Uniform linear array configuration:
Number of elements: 64
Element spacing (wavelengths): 0.5
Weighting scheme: kaiser
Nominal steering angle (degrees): -30
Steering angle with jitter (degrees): -28.632
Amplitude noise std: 0.05
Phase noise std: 0.05

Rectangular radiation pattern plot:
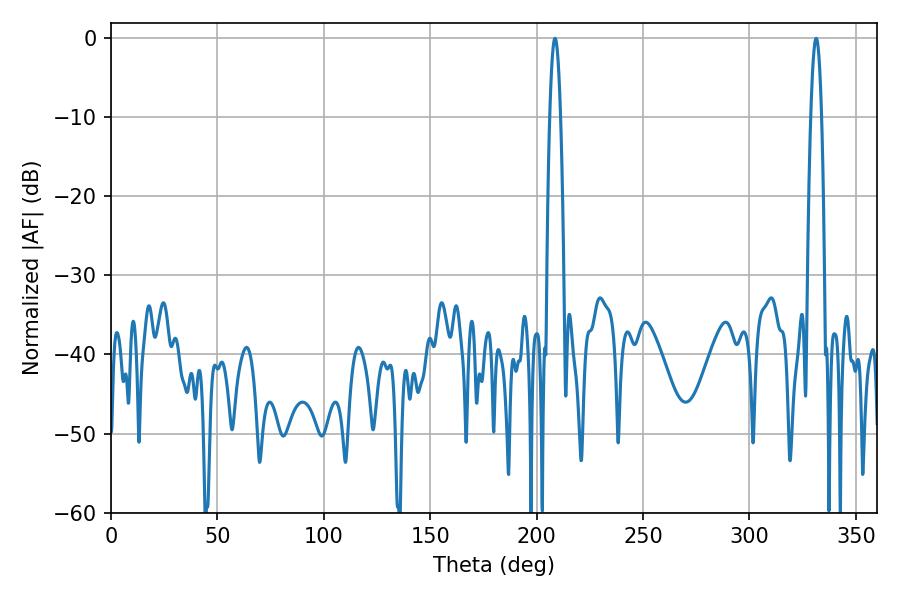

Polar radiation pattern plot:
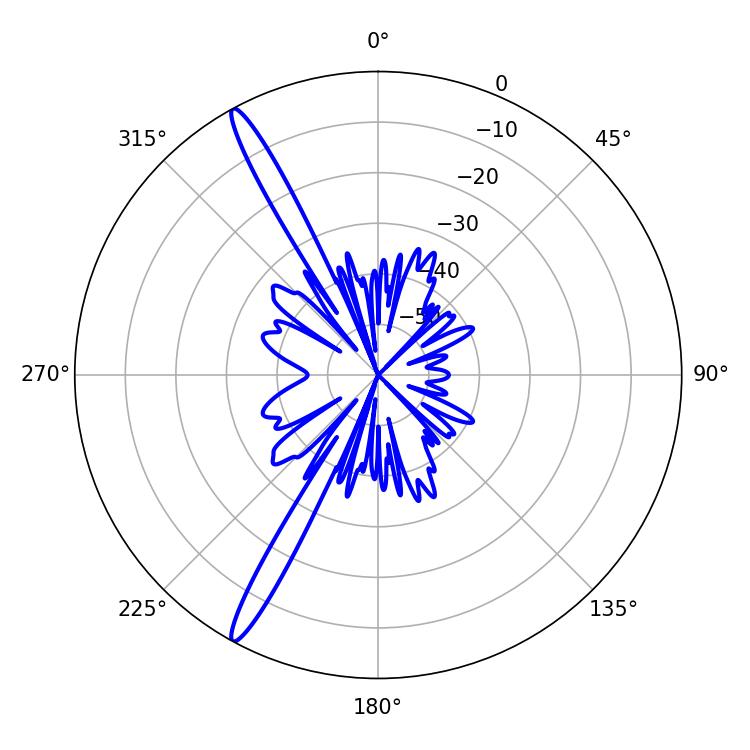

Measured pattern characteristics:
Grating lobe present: FALSE
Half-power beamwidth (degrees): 2.7
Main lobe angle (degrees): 331.38